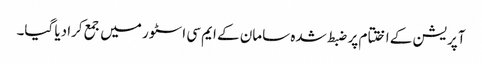
آپریشن کے اختتام پر ضبط شدہ سامان کے ایم سی اسٹور میں جمع کرادیا گیا۔